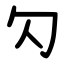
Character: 勽